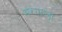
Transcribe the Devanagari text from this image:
मरगल्ला